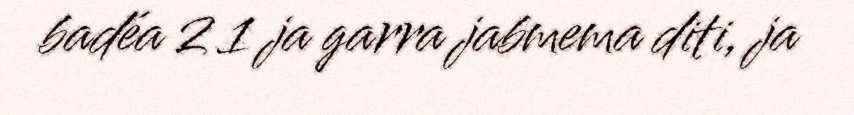
badéa 2 1 ja garra jabmema diti, ja